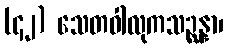
(၄၂) သေတဝါလုကသဉ္ဆန္နာ၊